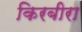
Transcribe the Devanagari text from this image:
किरबीरा